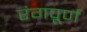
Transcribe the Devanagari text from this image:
रंगपूर्ण